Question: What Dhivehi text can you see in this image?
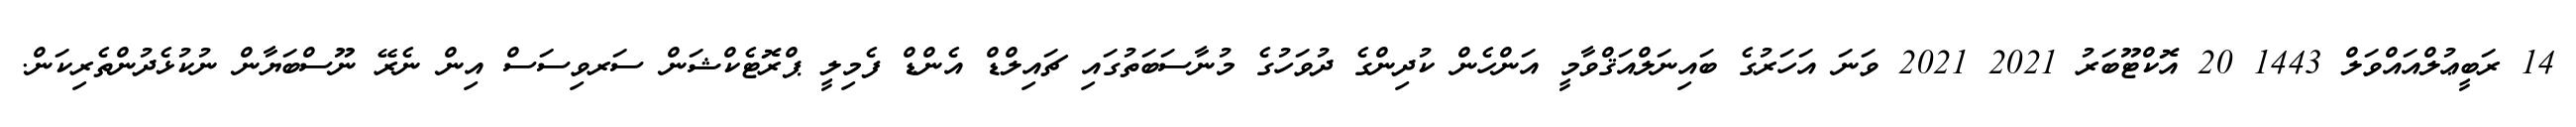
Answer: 14 ރަބީޢުލްއައްވަލް 1443 20 އޮކްޓޫބަރު 2021 2021 ވަނަ އަހަރުގެ ބައިނަލްއަޤްވާމީ އަންހެން ކުދިންގެ ދުވަހުގެ މުނާސަބަތުގައި ޗައިލްޑް އެންޑް ފެމިލީ ޕްރޮޓެކްޝަން ސަރވިސަސް އިން ނެރޭ ނޫސްބަޔާން ނުކުޅެދުންތެރިކަން.